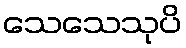
သေသေသုပိ